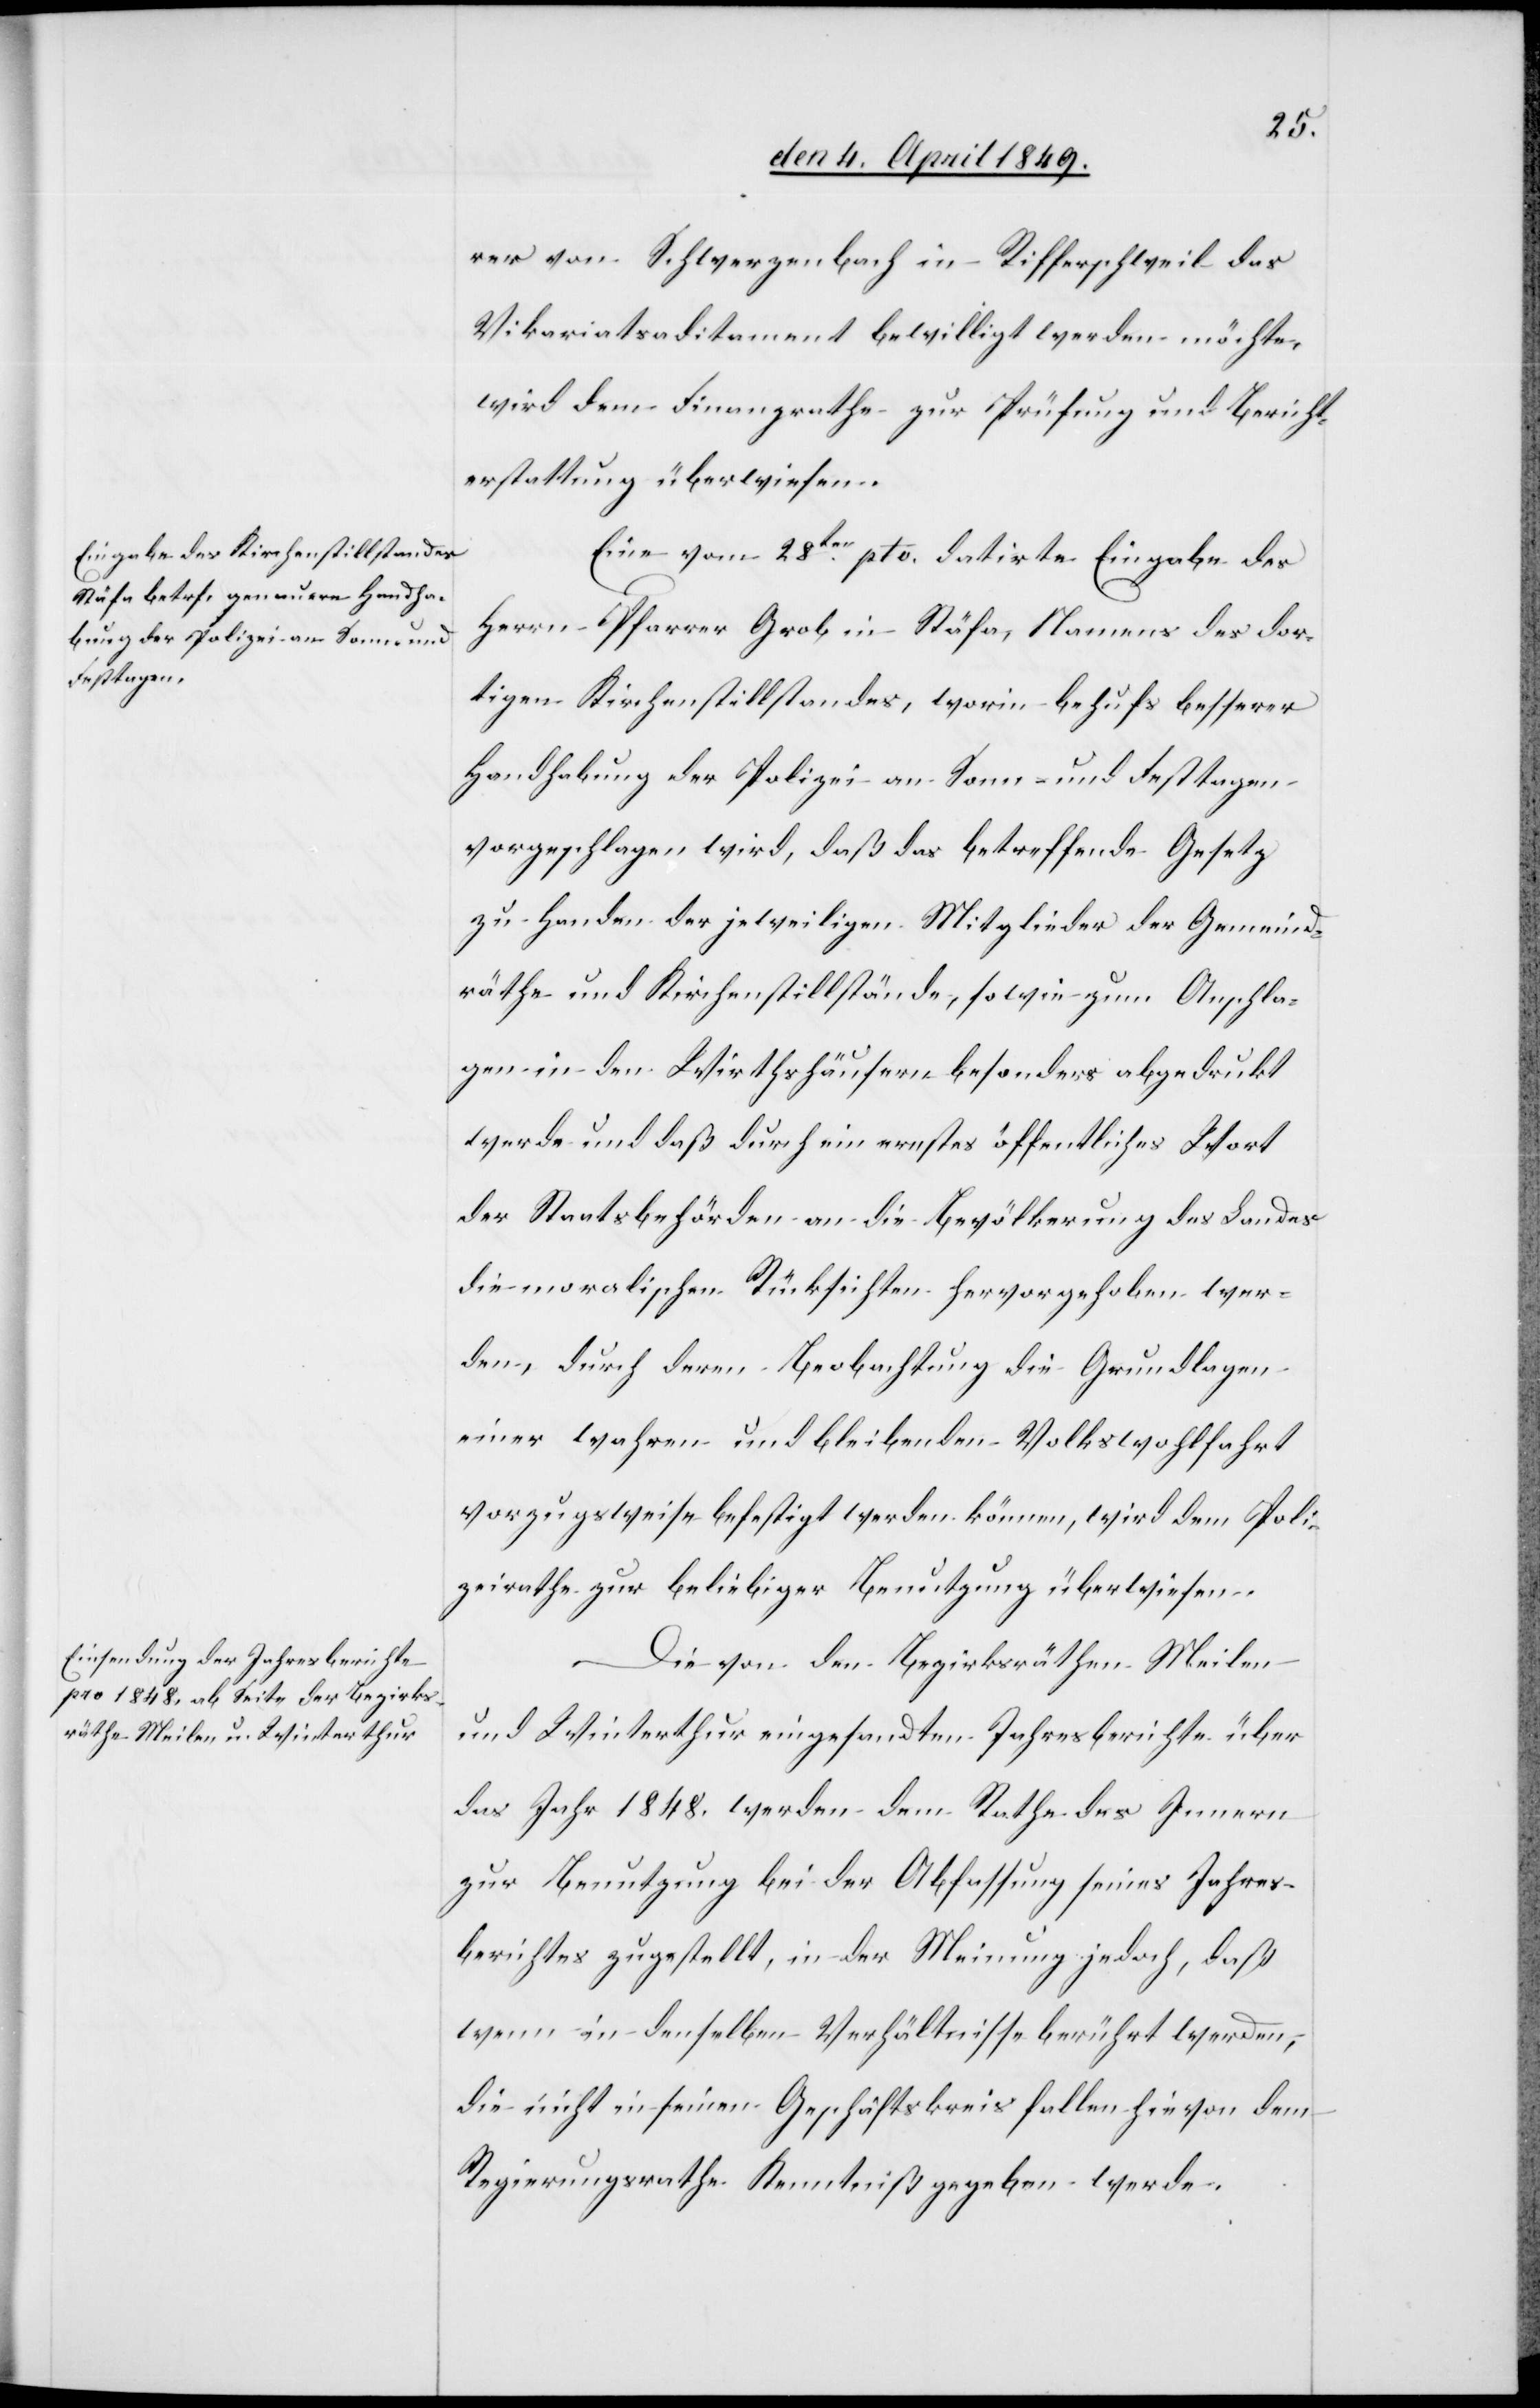
rer von Schwerzenbach in Rifferschweil das
Vikariatsaditament bewilligt werden möchte,
wird dem Finanzrathe zur Prüfung und Bericht¬
erstattung überwiesen.
Eine vom 28ten pto. datirte Eingabe des
Herrn Pfarrer Grob in Stäfa, Namens des dor¬
tigen Kirchenstillstandes, worin behufs besserer
Handhabung der Polizei an Sonn- und Festtagen
vorgeschlagen wird, daß das betreffende Gesetz
zu Handen der jeweiligen Mitglieder der Gemeind¬
räthe und Kirchenstillstände, sowie zum Anschla¬
gen in den Wirthshäusern besonders abgedrukt
werde und daß durch ernstes öffentliches Wort
der Staatsbehörden an die Bevölkerung des Landes
die moralischen Rücksichten hervorgehoben wer¬
den, durch deren Beobachtung die Grundlagen
einer wahren und bleibenden Volkswohlfahrt
vorzugsweise befestigt werden können, wird dem Poli¬
zeirathe zur beliebiger Benutzung überwiesen.
Die von den Bezirksräthen Meilen
und Winterthur eingesandten Jahresberichte über
das Jahr 1848. werden dem Rathe des Innern
zur Benutzung bei der Abfassung seines Jahres¬
berichtes zugestellt, in der Meinung jedoch, daß
wenn in denselben Verhältnisse berührt werden,
die nicht in seinen Geschäftskreis fallen hievon dem
Regierungsrathe Kenntniß gegeben werde.